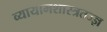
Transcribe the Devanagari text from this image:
व्यायामशास्त्रतज्ज्ञ